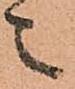
之